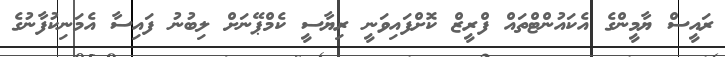
ރައީސް ޔާމީންގެ އެކައުންޓްތައް ފްރީޒް ކޮށްފައިވަނީ ރިޔާސީ ކެމްޕޭނަށް ލިބުނު ފައިސާ އެމަނިކުފާނުގެ